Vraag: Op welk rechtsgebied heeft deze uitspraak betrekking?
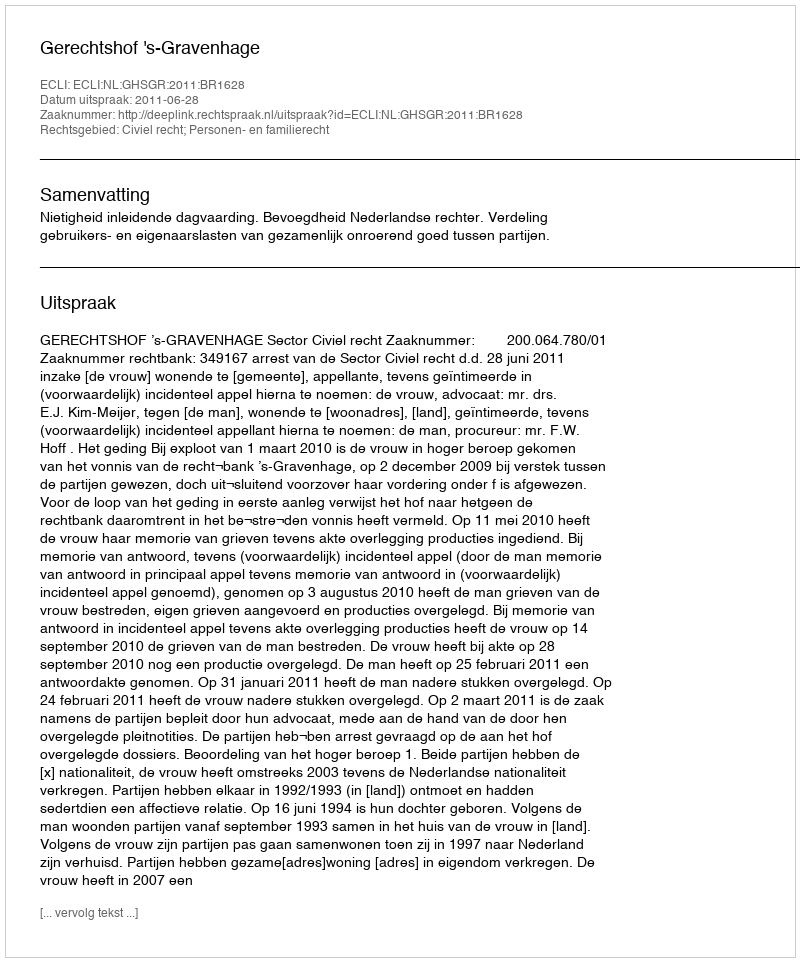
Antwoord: Civiel recht; Personen- en familierecht